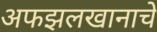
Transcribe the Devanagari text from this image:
अफझलखानाचे